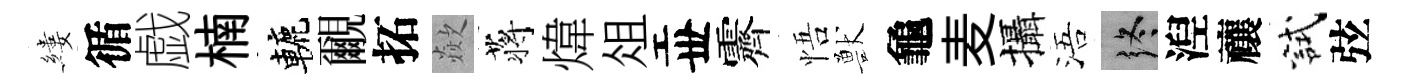
縷循戯楠轆覼拓歘蒋煒俎丗霽悟獸龜麦攝浯终湼禳試弦